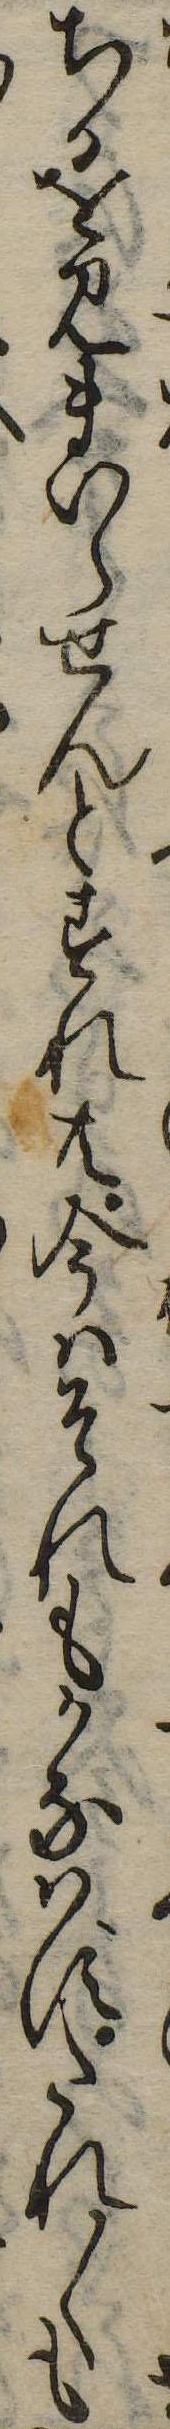
ちかを見まいらせんとすれ共今はそれもかなはずたれ〱も